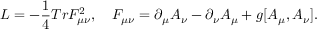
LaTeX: { \cal L } = - \frac 1 4 T r F _ { \mu \nu } ^ { 2 } , \ \ \ F _ { \mu \nu } = \partial _ { \mu } A _ { \nu } - \partial _ { \nu } A _ { \mu } + g [ A _ { \mu } , A _ { \nu } ] .